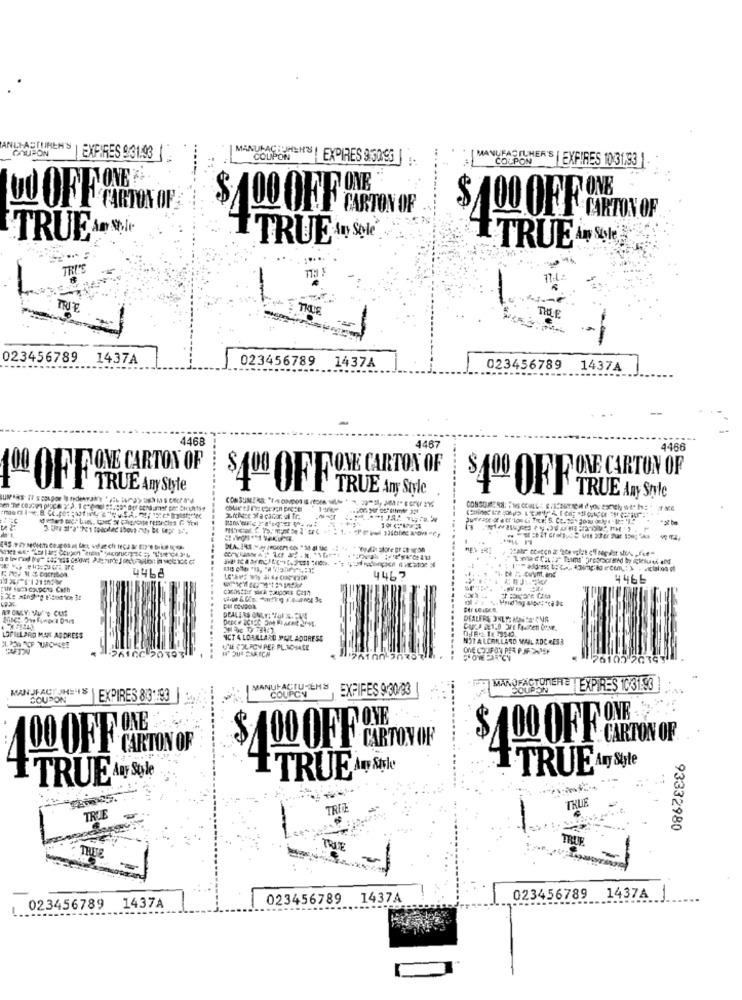
ANDI-ASTUREN'S
COUPON
MANUFACTURER'S
MANUFACTUHER'S
| EXPIRES 9:31:93 |
COUPON
EXPIRES 9:30.9G
COUPON
EXPIRES 10:31,53
ONE.
DO OFF CARTON OF
CARTON OF
TRUE AND
TRUE IN Sole
TRUE in Sole
TRI'S
-
TRUE
THE
023456789
1437A
023456789
1437A
023456789
1437A
4468
----
446
4466
100 O)Y PLONE CARTON OF
ONE CARTON O
TRUE Any Style
$400 OFF
TRUE Any Style
$400 OFF
TRUE Any Style
id wtet sich tiel. toer or chercape remedies f You
4468
4467
4466
DEALERS ONLY: MAIS ONA
LOPILLARO MATI ADDRESS
NCT 4 LORALLARD MAIL ADDRESS
MIT ALCAILLARD MAIL ADC RES3
U'IE POL POY PER PL.ICHHACE
2610GY
76105 26347
MAN JFACT HE IS
MANUFACTUREMS
COUPON
EXPIFES 9:30/93
MANUFACTURER= TEXPIR-S 10 31:53
COUPON
COUPON
EXPIRES 813 :: 93
DONE
100 OFF ONE
CARTON OF
DO OF CARTON OF
$ 100 OF CARTON OF
TRUEAny Style
TRUE Any Sole
I TRUEAND Style
TREE
TRUE
TRU
93332980
TRUE
TRUE
TRUE
023456789 1437A
023456789
1437A
023456789 1437A